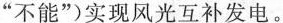
或”不能”)实现风光互补发电。